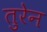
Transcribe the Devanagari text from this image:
तुरेन